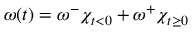
\omega ( t ) = \omega ^ { - } \chi _ { t < 0 } + \omega ^ { + } \chi _ { t \geq 0 }